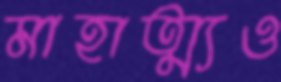
মাহাত্ম্যও